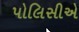
પોલિસીએ